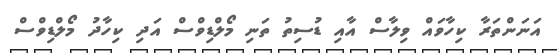
އަނަންތަރާ ކިހާވައް ވިލާސް އާއި ޑުސިތު ތަނި މޯލްޑިވްސް އަދި ކިހާދު މޯލްޑިވްސް